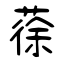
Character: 蒣